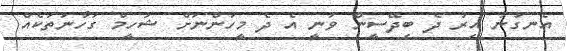
އެނގުނު އިރު ދެ ބިދޭސީން ވަނީ އެ ދެ މީހުންނަށް ޝަހީމް ގަހާނަތަކެއް